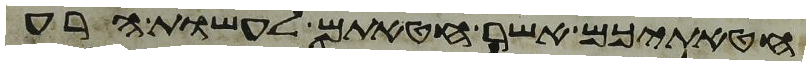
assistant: חטאתיכם אשר חטאתם לעשות הרע